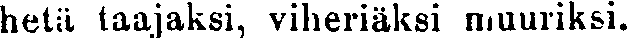
hetii taajaksi, viheriäksi muuriksi.